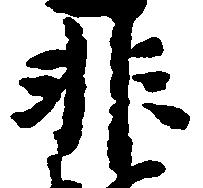
非